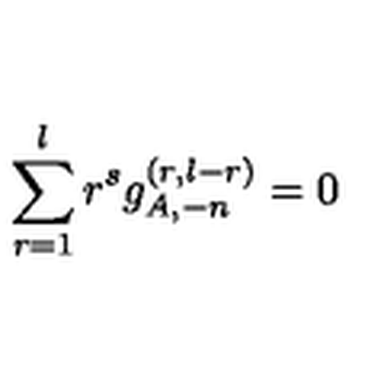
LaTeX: \sum _ { r = 1 } ^ { l } r ^ { s } g _ { A , - n } ^ { ( r , l - r ) } = 0